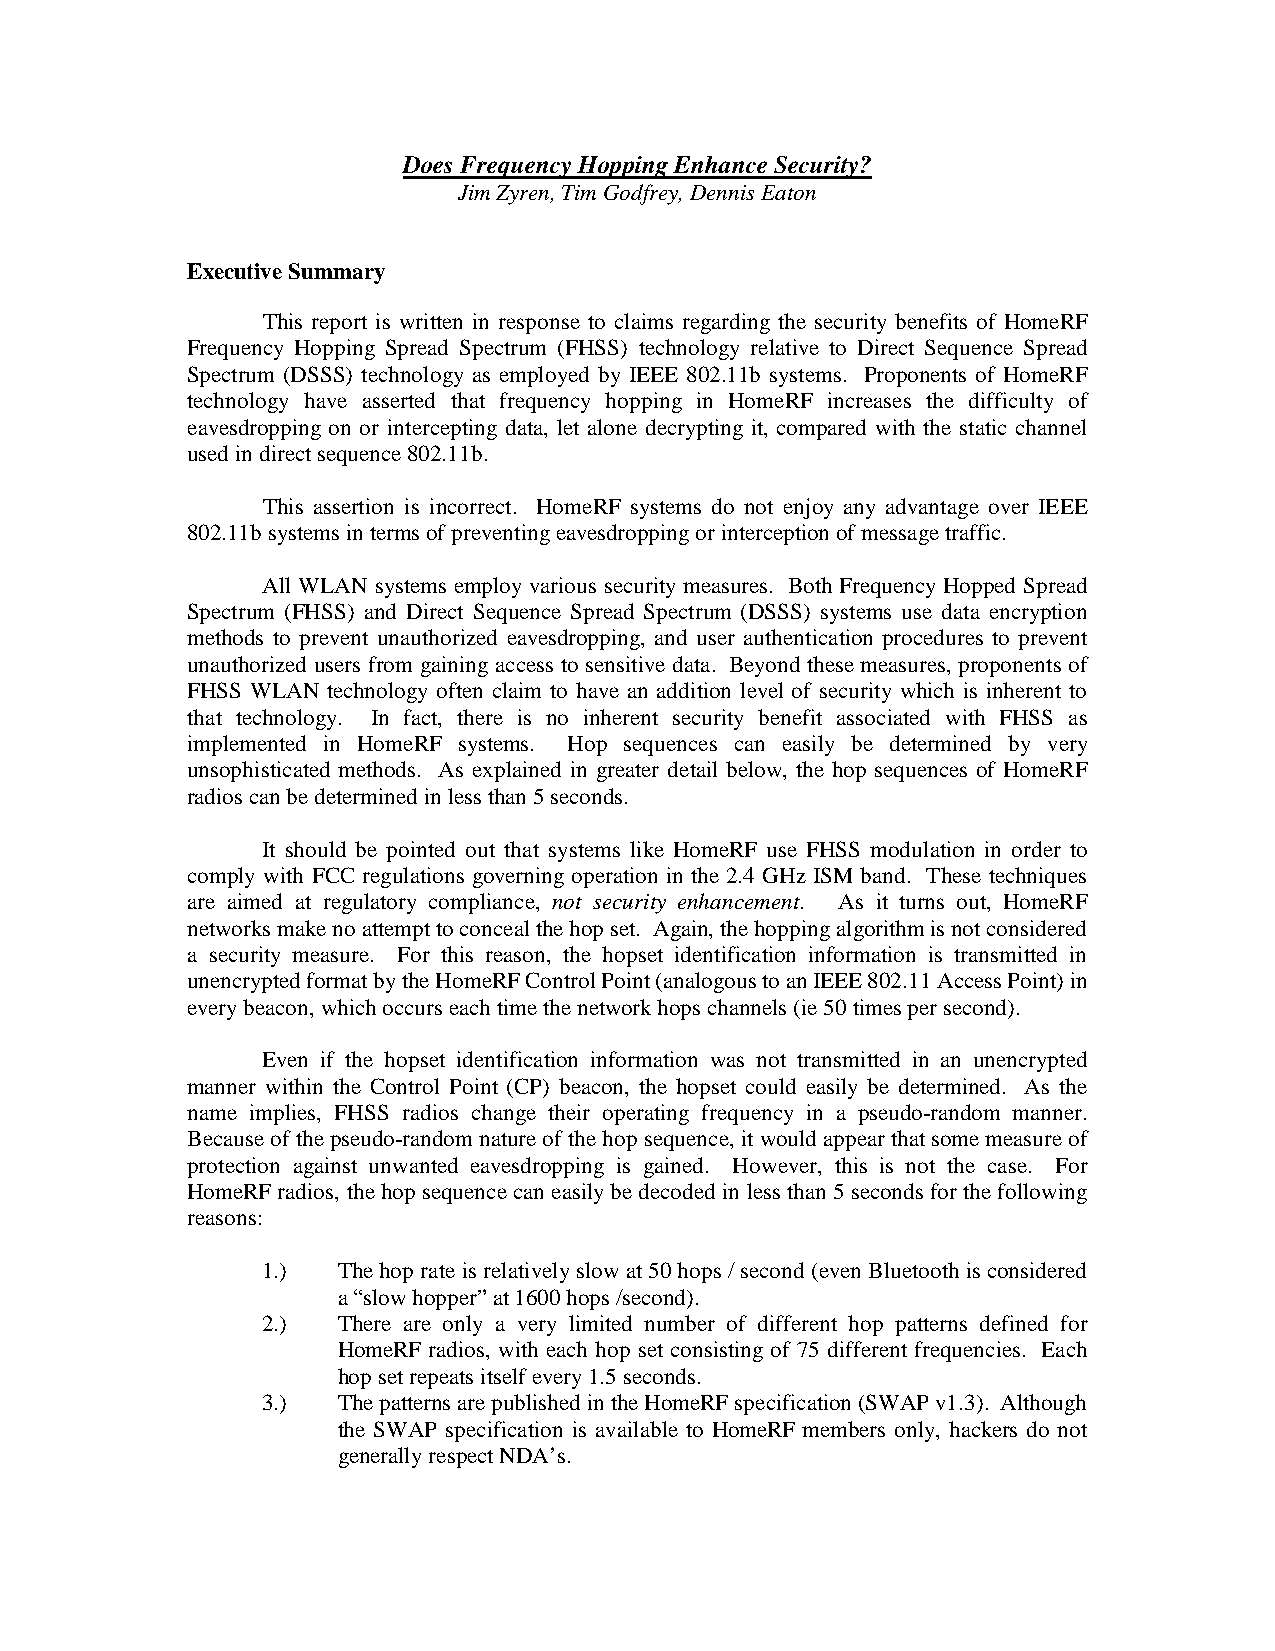
Does Frequency Hopping Enhance Security?
 Jim Zyren, Tim Godfrey, Dennis Eaton
 Executive Summary
 This report is written in response to claims regarding the security benefits of HomeRF
 Frequency Hopping Spread Spectrum (FHSS) technology relative to Direct Sequence Spread
 Spectrum (DSSS) technology as employed by IEEE 802.11b systems. Proponents of HomeRF
 technology have asserted that frequency hopping in HomeRF increases the difficulty of
 eavesdropping on or intercepting data, let alone decrypting it, compared with the static channel
 used in direct sequence 802.11b.
 This assertion is incorrect. HomeRF systems do not enjoy any advantage over IEEE
 802.11b systems in terms of preventing eavesdropping or interception of message traffic.
 All WLAN systems employ various security measures. Both Frequency Hopped Spread
 Spectrum (FHSS) and Direct Sequence Spread Spectrum (DSSS) systems use data encryption
 methods to prevent unauthorized eavesdropping, and user authentication procedures to prevent
 unauthorized users from gaining access to sensitive data. Beyond these measures, proponents of
 FHSS WLAN technology often claim to have an addition level of security which is inherent to
 that technology. In fact, there is no inherent security benefit associated with FHSS as
 implemented in HomeRF systems. Hop sequences can easily be determined by very
 unsophisticated methods. As explained in greater detail below, the hop sequences of HomeRF
 radios can be determined in less than 5 seconds.
 It should be pointed out that systems like HomeRF use FHSS modulation in order to
 comply with FCC regulations governing operation in the 2.4 GHz ISM band. These techniques
 are aimed at regulatory compliance, not security enhancement. As it turns out, HomeRF
 networks make no attempt to conceal the hop set. Again, the hopping algorithm is not considered
 a security measure. For this reason, the hopset identification information is transmitted in
 unencrypted format by the HomeRF Control Point (analogous to an IEEE 802.11 Access Point) in
 every beacon, which occurs each time the network hops channels (ie 50 times per second).
 Even if the hopset identification information was not transmitted in an unencrypted
 manner within the Control Point (CP) beacon, the hopset could easily be determined. As the
 name implies, FHSS radios change their operating frequency in a pseudo-random manner.
 Because of the pseudo-random nature of the hop sequence, it would appear that some measure of
 protection against unwanted eavesdropping is gained. However, this is not the case. For
 HomeRF radios, the hop sequence can easily be decoded in less than 5 seconds for the following
 reasons:
 1.)  The hop rate is relatively slow at 50 hops / second (even Bluetooth is considered
 a “slow hopper” at 1600 hops /second).
 2.)  There are only a very limited number of different hop patterns defined for
 HomeRF radios, with each hop set consisting of 75 different frequencies. Each
 hop set repeats itself every 1.5 seconds.
 3.)  The patterns are published in the HomeRF specification (SWAP v1.3). Although
 the SWAP specification is available to HomeRF members only, hackers do not
 generally respect NDA’s.